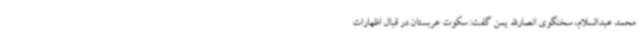
محمد عبدالسلام، سخنگوی انصارالله یمن گفت: سکوت عربستان در قبال اظهارات